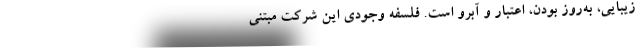
زیبایی، به‌روز بودن، اعتبار و آبرو است. فلسفه وجودی این شرکت مبتنی